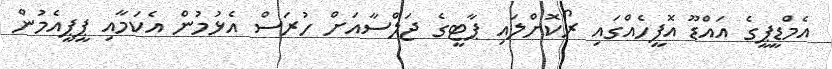
އެމްޑީޕީގެ އައްޑޫ އޮފީހެއްގައި ރޯކޮށްލައި ޕާޓީގެ ޖަލްސާއަށް ހުރަސް އެޅުމުން އެކަމާއި ޕީޕީއެމުން